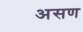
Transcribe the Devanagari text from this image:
असण